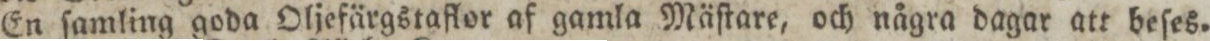
En ſamling goda Oljefärgstaflor af gamla Mäſtare, och några dagar att beſes.